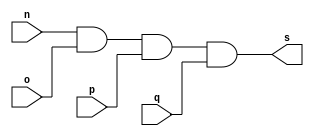
// ------------------------- 
// Exemplo0013 - AND
// Nome: Mateus Lara Carvalho 
// ------------------------- 
// --------------------- 
// -- and gate 
// --------------------- 
	module andgate (output s, input n, input o, input p, input q); 
	assign s = n & o & p & q; 
	
	endmodule // and

// --------------------- 
// -- test andgate 
// --------------------- 
	module testandgate; 

// ------------------------- dados locais 
	reg a,b,c,d; // definir registrador 
	wire s; // definir conexao (fio) 
	
// ------------------------- instancia 
	andgate AND1 (s, a, b, c, d); 

// ------------------------- preparacao 
	initial begin:start 
	a=0;
	b=0;
	c=0;
	d=0;
end 

// ------------------------- parte principal 
	initial begin:main 
	$display("Exemplo0013 - Mateus Lara Carvalho - 441700"); 
	$display("Test and gate"); 
	$display("\n a & b & c & d = s\n"); 
	$monitor(" %b & %b & %b & %b = %b", a, b, c, d, s); 
	#1 a=0; b=0; c=0; d=0;
	#1 a=0; b=0; c=0; d=1;
	#1 a=0; b=0; c=1; d=0;
	#1 a=0; b=0; c=1; d=1;
	#1 a=0; b=1; c=0; d=0;
	#1 a=0; b=1; c=0; d=1;
	#1 a=0; b=1; c=1; d=1;
	#1 a=1; b=0; c=0; d=0;
	#1 a=1; b=0; c=0; d=1;
	#1 a=1; b=0; c=1; d=0;
	#1 a=1; b=0; c=1; d=1;
	#1 a=1; b=1; c=0; d=0;
	#1 a=1; b=1; c=0; d=1;
	#1 a=1; b=1; c=1; d=0;
	#1 a=1; b=1; c=1; d=1;
end 

endmodule // testandgate